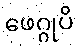
ဖေဂ္ဂုပိ